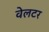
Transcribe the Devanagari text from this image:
वेलटर